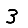
Digit: 3